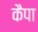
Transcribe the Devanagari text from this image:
कैपा